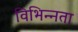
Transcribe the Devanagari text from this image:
विभिन्‍नता